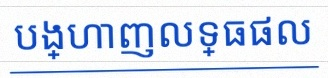
បង្ហាញលទ្ធផល